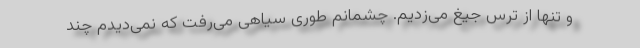
و تنها از ترس جیغ می‌زدیم. چشمانم طوری سیاهی می‌رفت که نمی‌دیدم چند